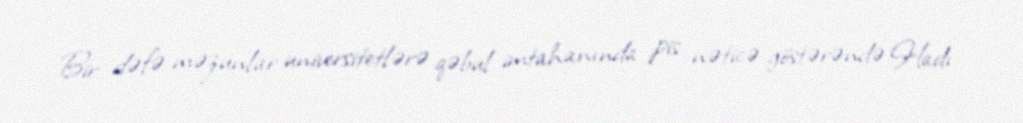
Bir dəfə məzunlar universitetlərə qəbul imtahanında pis nəticə göstərəndə Hadı